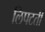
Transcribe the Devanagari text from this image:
लिपटती